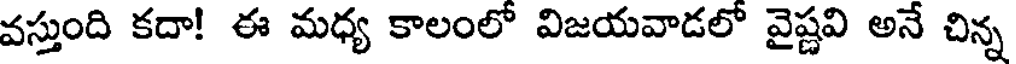
వస్తుంది కదా! ఈ మధ్య కాలంలో విజయవాడలో వైష్ణవి అనే చిన్న